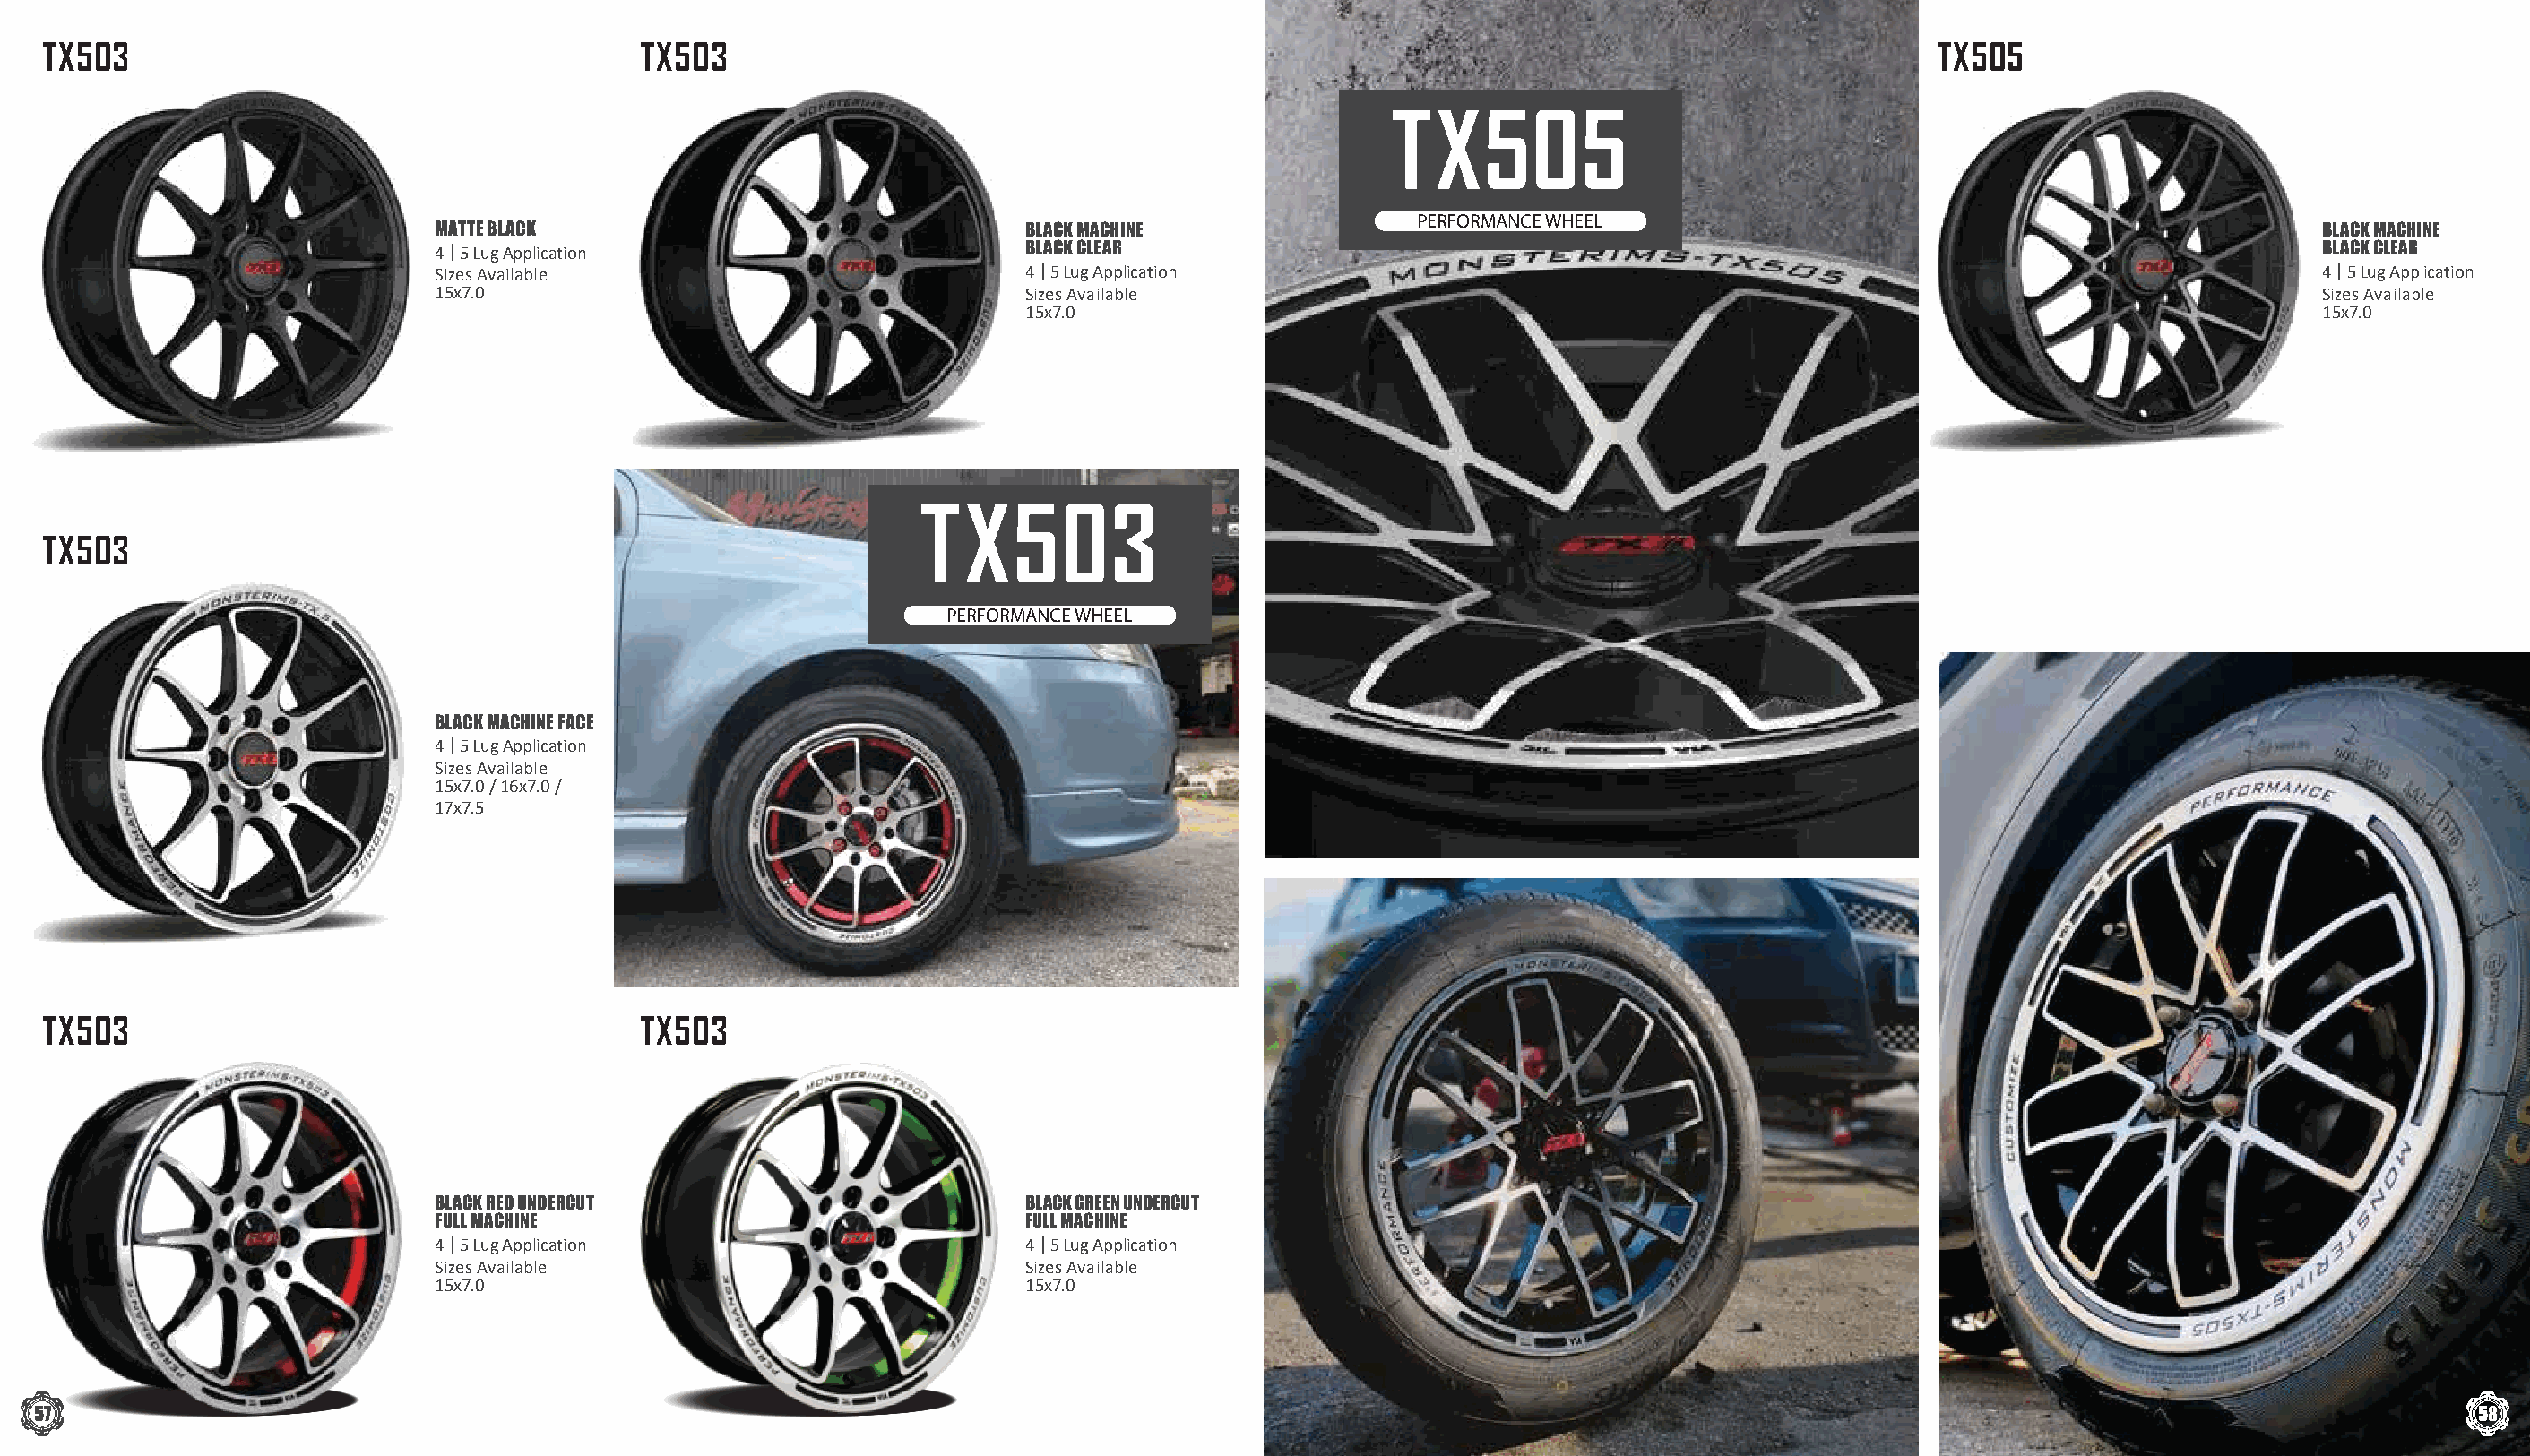
TX503                                       TX503                                                                                           TX505
 TX505
 PERFORMANCE WHEEL
 MATTE BLACK                                 BLACK MACHINE                                                                                   BLACK MACHINE
 4 | 5 Lug Application                       BLACK CLEAR                                                                                     BLACK CLEAR
 Sizes Available                             4 | 5 Lug Application                                                                           4 | 5 Lug Application
 15x7.0                                      Sizes Available                                                                                 Sizes Available
 15x7.0                                                                                          15x7.0
 TX503
 TX503
 PERFORMANCE WHEEL
 BLACK MACHINE FACE
 4 | 5 Lug Application
 Sizes Available
 15x7.0 / 16x7.0 /
 17x7.5
 TX503                                       TX503
 BLACK RED UNDERCUT                          BLACK GREEN UNDERCUT
 FULL MACHINE                                FULL MACHINE
 4 | 5 Lug Application                       4 | 5 Lug Application
 Sizes Available                             Sizes Available
 15x7.0                                      15x7.0
 57                                                                                                                                                                                  58